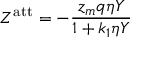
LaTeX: Z ^ { \mathrm { { a t t } } } = - { \frac { z _ { m } q \eta Y } { 1 + k _ { 1 } \eta Y } }